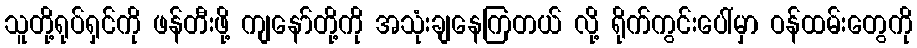
သူတို့ရုပ်ရှင်ကို ဖန်တီးဖို့ ကျနော်တို့ကို အသုံးချနေကြတယ် လို့ ရိုက်ကွင်းပေါ်မှာ ဝန်ထမ်းတွေကို